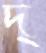
দ্